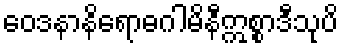
ဝေဒနာနိရောဓဂါမိနီဣစ္စာဒီသုပိ